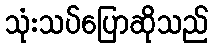
သုံးသပ်ပြောဆိုသည်